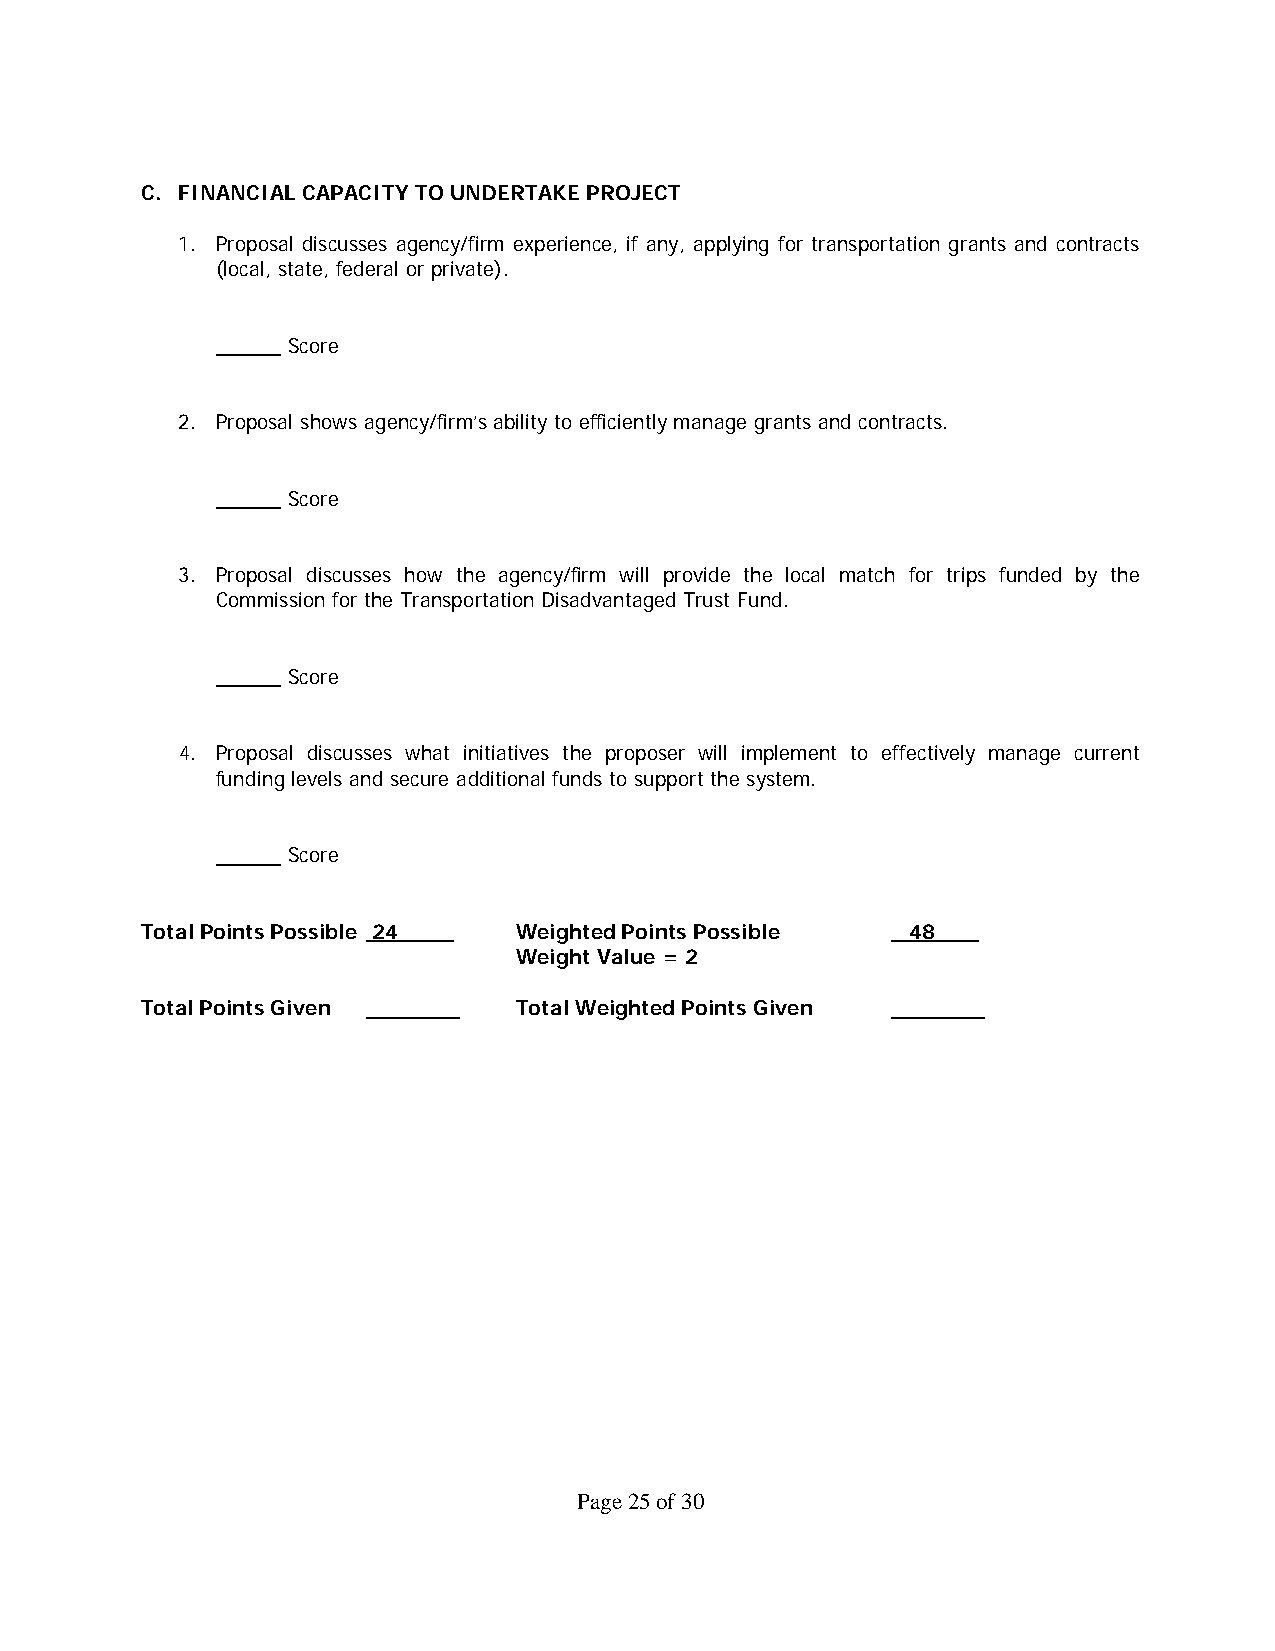
C. FINANCIAL CAPACITY TO UNDERTAKE PROJECT
 1. Proposal discusses agency/firm experience, if any, applying for transportation grants and contracts
 (local, state, federal or private).
 Score
 2. Proposal shows agency/firm’s ability to efficiently manage grants and contracts.
 Score
 3. Proposal discusses how the agency/firm will provide the local match for trips funded by the
 Commission for the Transportation Disadvantaged Trust Fund.
 Score
 4. Proposal discusses what initiatives the proposer will implement to effectively manage current
 funding levels and secure additional funds to support the system.
 Score
 Total Points Possible 24 Weighted Points Possible  48
 Weight Value = 2
 Total Points Given       Total Weighted Points Given
 Page 25 of 30